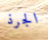
الجرذ